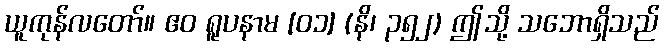
ယူကုန်လတော်။ ဧဝ ရူပနာမ [၀၁] (နိ၊ ၃၅၂) ဤသို့ သဘောရှိသည်